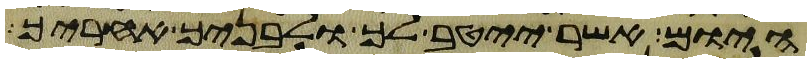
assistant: היום אשר ייטב לך ולבניך אחריך